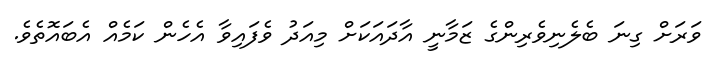
ވަރަށް ގިނަ ބެލެނިވެރިންގެ ޒަމާނީ އާދައަކަށް މިއަދު ވެފައިވާ އެހެން ކަމެއް އެބައޮތެވެ.